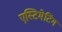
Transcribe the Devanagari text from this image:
एस्टिमेटिंग